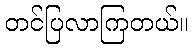
တင်ပြလာကြတယ်။